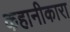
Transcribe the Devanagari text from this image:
कहानीकारा